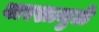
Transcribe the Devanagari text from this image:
वारशामुळे